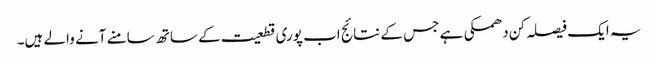
یہ ایک فیصلہ کن دھمکی ہے جس کے نتائج اب پوری قطعیت کے ساتھ سامنے آنے والے ہیں۔